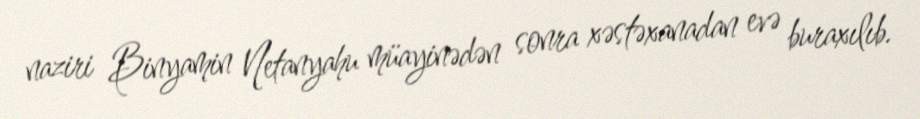
naziri Binyamin Netanyahu müayinədən sonra xəstəxanadan evə buraxılıb.